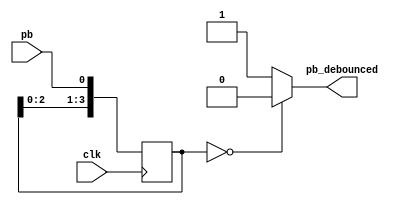
`timescale 1ns / 1ps

// Debounce Pushbutton: Filters out mechanical switch bounce for around 40Ms
module debounce(pb_debounced, pb, clk);

  //push_button_debounced, push_button, clock
  output    pb_debounced; // signal of push button after debounced
  input     pb;           // signal from push button of the FPGA board
  input     clk;          // 100hz clock
  
  reg [3:0] shift_reg;    // use shift_reg to filter push button bounce 

  //when positive edge clock, shift the signal of pb to shift_reg[0]
  always @(posedge clk) begin
    shift_reg[3:1] <= shift_reg[2:0];
    shift_reg[0] <= pb;
  end

  //if pb remain 0 at 4 positive edge clock, then pb_debounced = 0
  assign pb_debounced = ((shift_reg == 4'b0000) ? 1'b0 : 1'b1);

endmodule